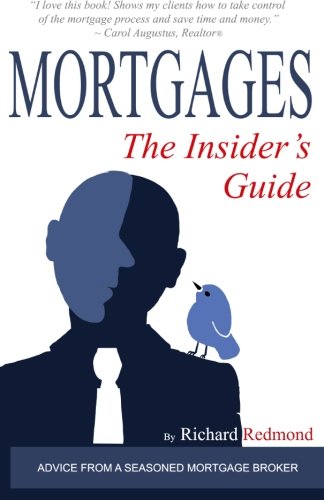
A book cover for Mortgages: The Insider's Guide; Richard Redmond; Business & Money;